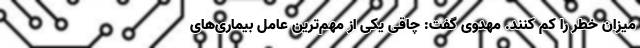
میزان خطر را کم کنند. مهدوی گفت: چاقی یکی از مهم‌ترین عامل بیماری‌های